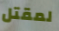
لمقتل